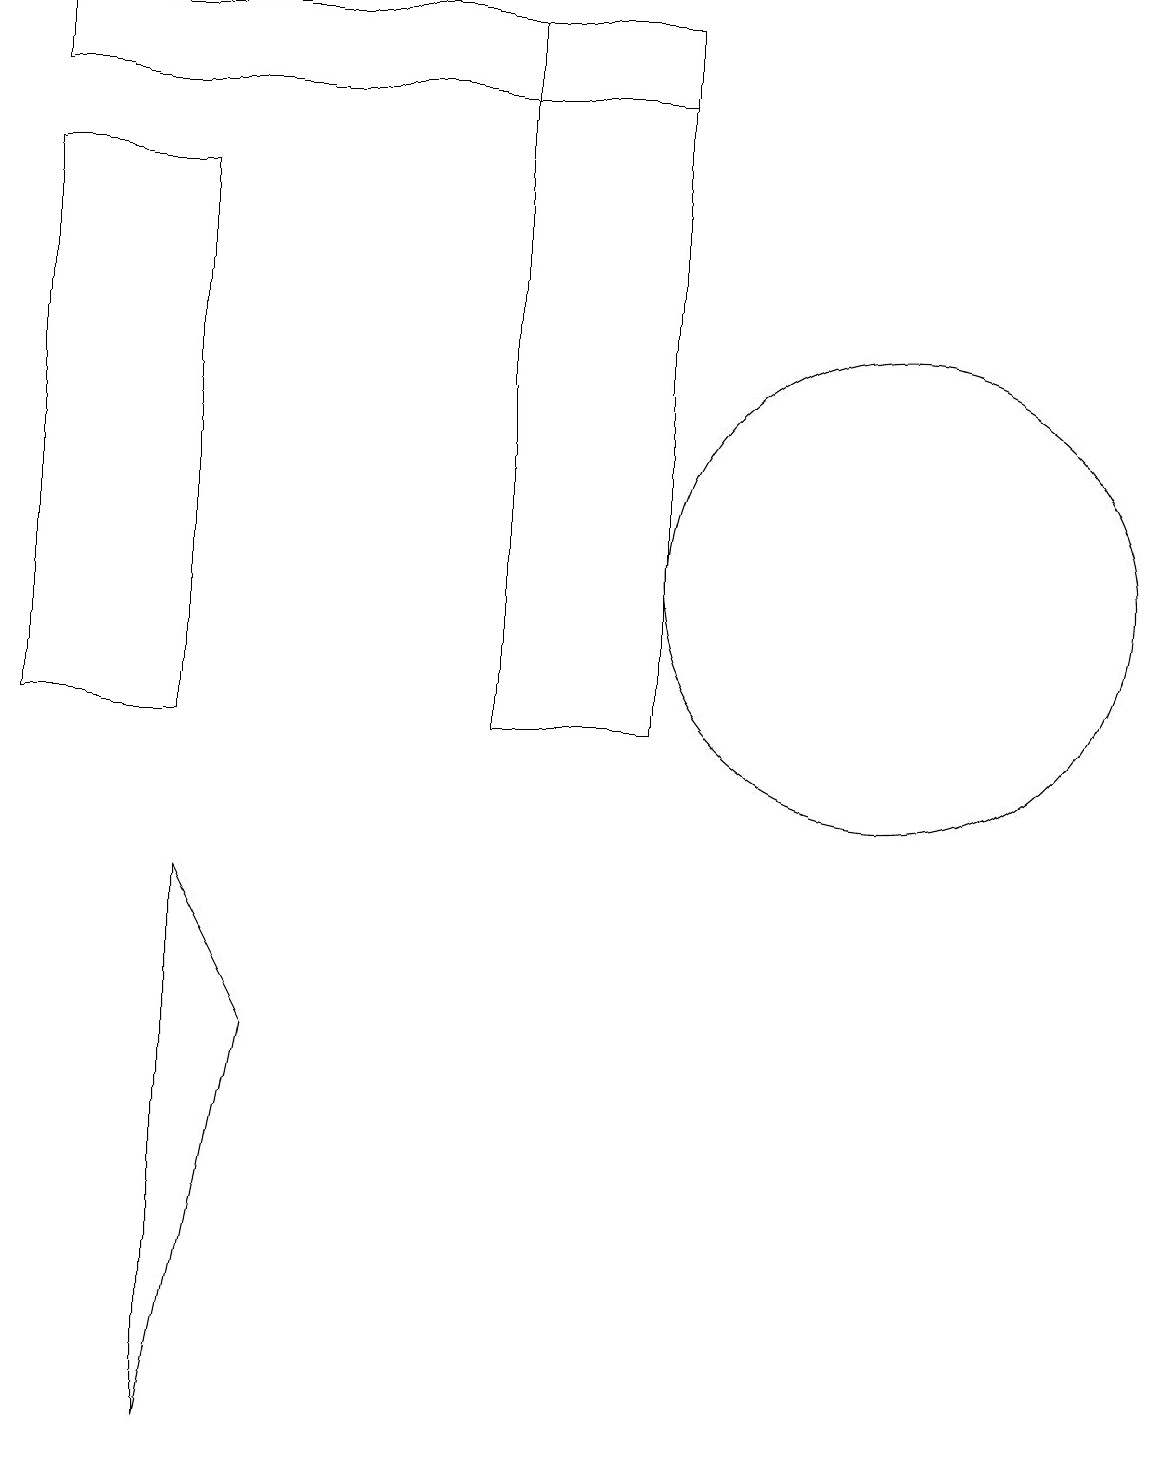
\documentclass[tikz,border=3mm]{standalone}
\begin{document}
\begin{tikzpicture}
\draw (6,19) rectangle (8,10);
\draw (0,18) rectangle (8,19);
\draw (2,8) -- (3,6) -- (2,1) -- cycle;
\draw (2,10) rectangle (0,17);
\draw (11,12) circle (3);
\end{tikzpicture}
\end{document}